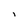
Character: i